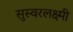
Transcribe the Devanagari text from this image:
सुस्वरलक्ष्मी